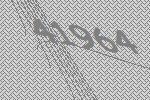
41964